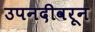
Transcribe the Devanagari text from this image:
उपनदीवरून